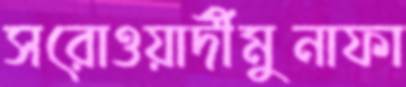
সরোওয়ার্দীমুনাফা